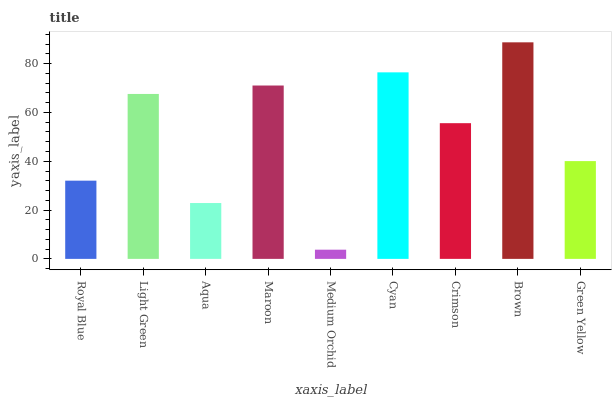
| xaxis_label | bars |
 | --- | --- |
 | Royal Blue | 32 |
 | Light Green | 67.6 |
 | Aqua | 22.9 |
 | Maroon | 71 |
 | Medium Orchid | 3.77 |
 | Cyan | 76.4 |
 | Crimson | 55.6 |
 | Brown | 88.7 |
 | Green Yellow | 40.1 |